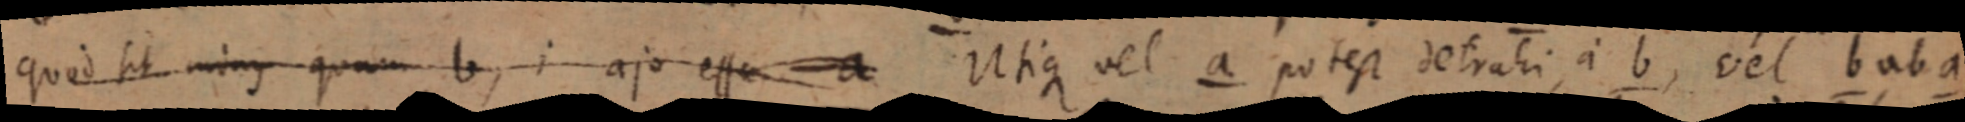
quod sit minus quam b, i ajo esse a Utique vel a potest detrahi, a b, vel b ab a,